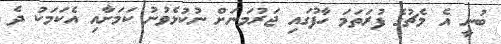
ބުނީ އެ މެޗުގެ ފުރަތަމަ ހާފުގައި ޖަރުމަނަށް ނުކުޅެވުނު ކަމަށާއި އެކަމަކު ދެ